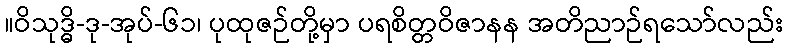
။ဝိသုဒ္ဓိ-ဒု-အုပ်-၆၁၊ ပုထုဇဉ်တို့မှာ ပရစိတ္တဝိဇာနန အတိညာဉ်ရသော်လည်း